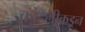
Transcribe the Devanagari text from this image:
कोहलीकडून